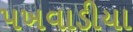
પખવાડીયા